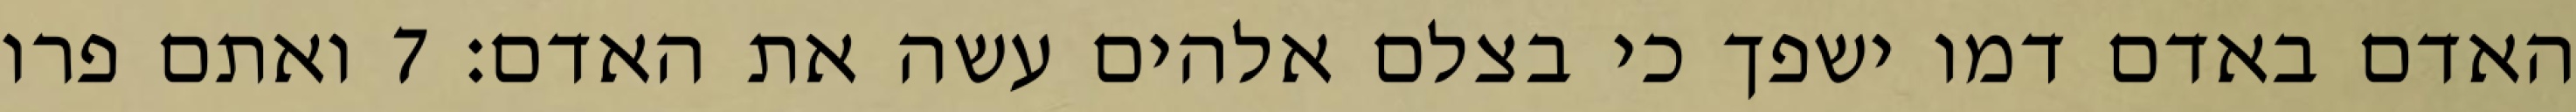
האדם באדם דמו ישפך כי בצלם אלהים עשה את האדם׃ ‎7‏ ואתם פרו